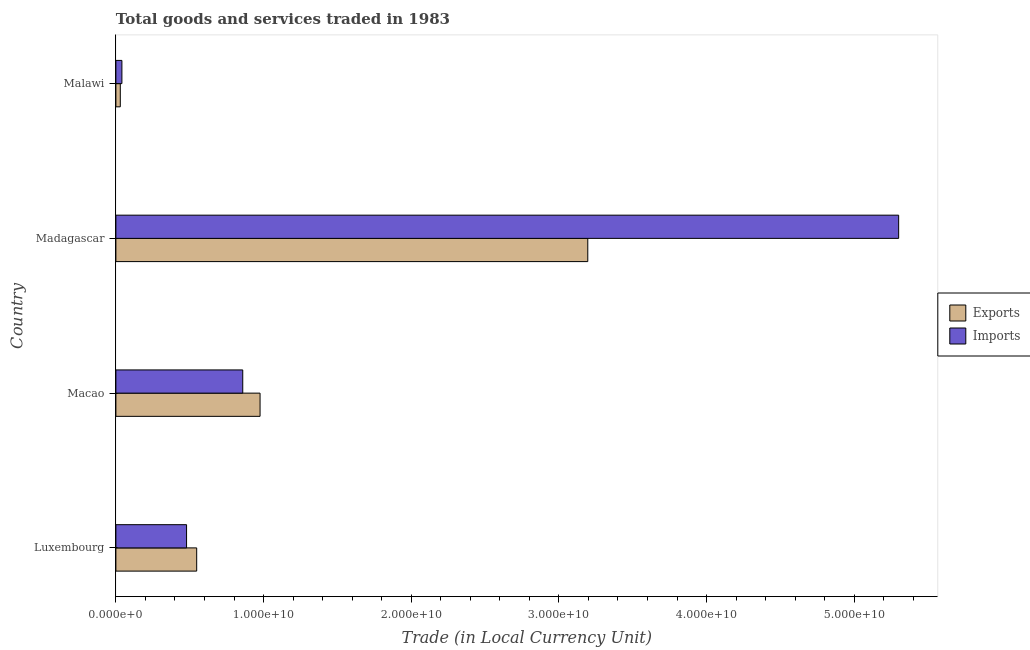
| Country | Exports | Imports |
 | --- | --- | --- |
 | Luxembourg | 5.47e+09 | 4.79e+09 |
 | Macao | 9.76e+09 | 8.59e+09 |
 | Madagascar | 3.2e+10 | 5.3e+10 |
 | Malawi | 2.98e+08 | 4.07e+08 |